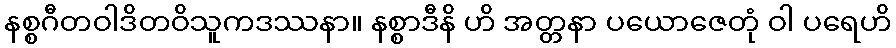
နစ္စဂီတဝါဒိတဝိသူကဒဿနာ။ နစ္စာဒီနိ ဟိ အတ္တနာ ပယောဇေတုံ ဝါ ပရေဟိ